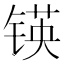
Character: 锳